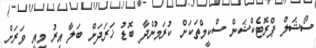
ސޯޝަލް ޕްރޮޓެކްޝަން ސްކީމްތަކަށް ކުރަމުންދާ ބޮޑު ޚަރަދަށް ބަލާ އިރު މިއީ ވަރަށް